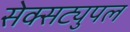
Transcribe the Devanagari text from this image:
सेक्सट्युपल